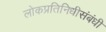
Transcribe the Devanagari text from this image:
लोकप्रतिनिधीसंबंधी